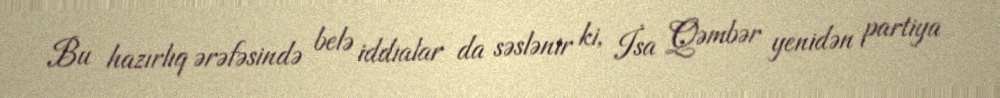
Bu hazırlıq ərəfəsində belə iddialar da səslənir ki, İsa Qəmbər yenidən partiya